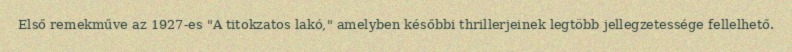
Első remekműve az 1927-es "A titokzatos lakó," amelyben későbbi thrillerjeinek legtöbb jellegzetessége fellelhető.